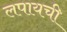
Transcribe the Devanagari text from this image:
लपायची